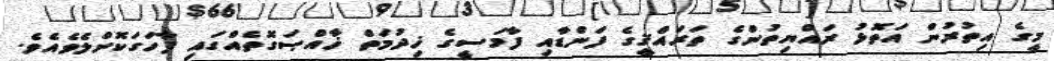
މީގެ އިތުރުން އަތޮޅު ރައްޔިތުންގެ ތަރައްޤީގެ ފަންޑާއި ފާމަސީގެ ޚިދުމަތް ޚާއްޞަގޮތެއްގައި ފާހަގަކޮށްލެވެއެވެ.